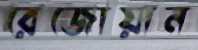
রেজোয়ান